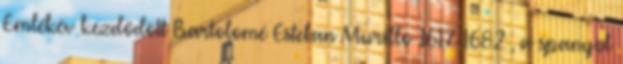
Emlékév kezdődött Bartolomé Esteban Murillo 1617-1682 , a spanyol